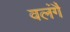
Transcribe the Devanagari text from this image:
वलंगै